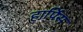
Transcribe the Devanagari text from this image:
हार्पिस